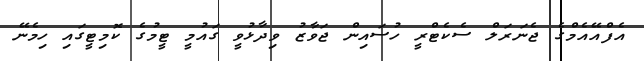
އެފްއޭއެމްގެ ޖެނަރަލް ސެކެޓްރީ ހުސައިން ޖަވާޒު ވިދާޅުވީ ގައުމީ ޓީމުގެ ކޮމިޓީގައި ހިމެނޭ